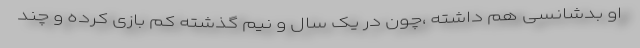
او بدشانسی هم داشته ،چون در یک سال و نیم گذشته کم بازی کرده و چند